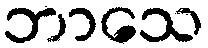
ဘာသေ